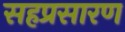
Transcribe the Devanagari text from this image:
सहप्रसारण